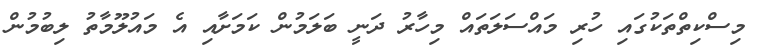
މިސްކިތްތަކުގައި ހުރި މައްސަލަތައް މިހާރު ދަނީ ބަލަމުން ކަމަށާއި އެ މައުލޫމާތު ލިބުމުން